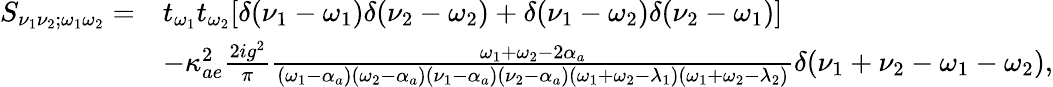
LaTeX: \begin{array}{rl}{S_{\nu_{1}\nu_{2};\omega_{1}\omega_{2}}=}&{t_{\omega_{1}}t_{\omega_{2}}[\delta(\nu_{1}-\omega_{1})\delta(\nu_{2}-\omega_{2})+\delta(\nu_{1}-\omega_{2})\delta(\nu_{2}-\omega_{1})]}\\ &{-\kappa_{ae}^{2}\frac{2ig^{2}}{\pi}\frac{\omega_{1}+\omega_{2}-2\alpha_{a}}{(\omega_{1}-\alpha_{a})(\omega_{2}-\alpha_{a})(\nu_{1}-\alpha_{a})(\nu_{2}-\alpha_{a})(\omega_{1}+\omega_{2}-\lambda_{1})(\omega_{1}+\omega_{2}-\lambda_{2})}\delta(\nu_{1}+\nu_{2}-\omega_{1}-\omega_{2}),}\end{array}